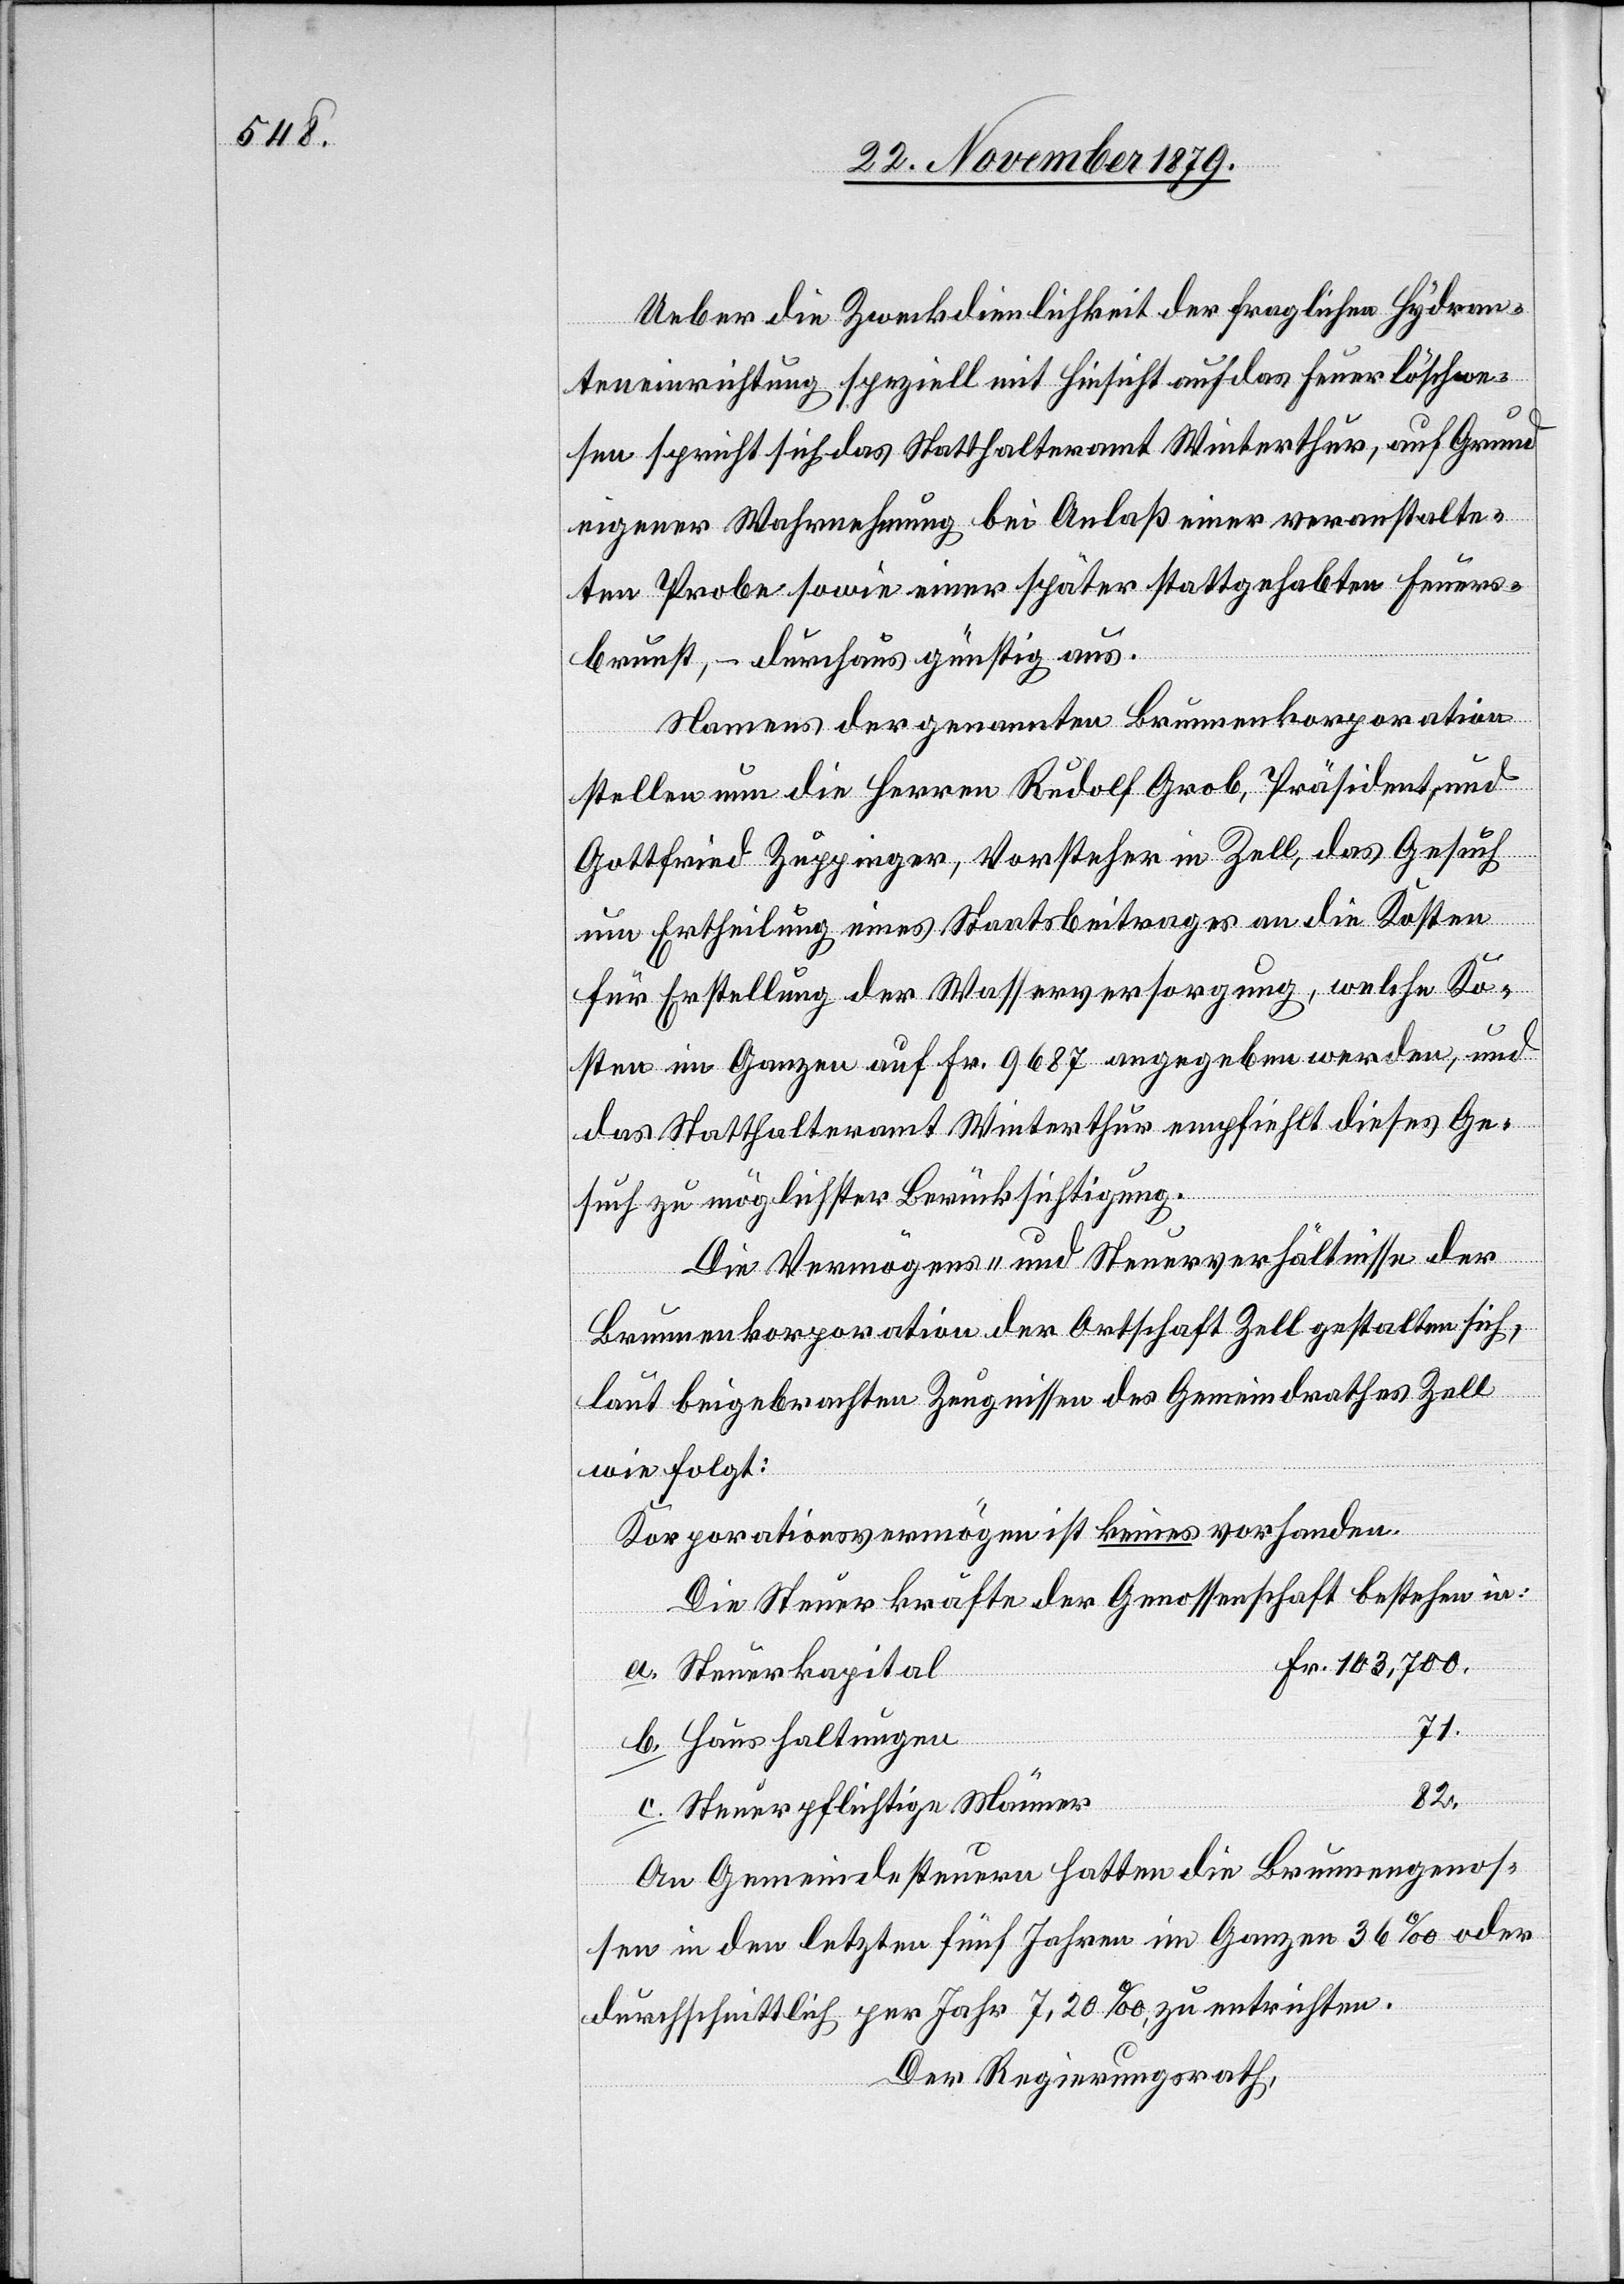
Ueber die Zweckdienlichkeit der fraglichen Hydran¬
teneinrichtung speziell mit Hinsicht auf das Feuerlöschwe¬
sen spricht sich das Statthalteramt Winterthur, auf Grund
eigener Wahrnehmung bei Anlaß einer veranstalte¬
ten Probe sowie einer später stattgehabten Feuers¬
brunst, – durchaus günstig aus.
Namens der genannten Brunnenkorporation
stellen nun die Herren Rudolf Grob, Präsident, und
Gottfried Zuppinger, Vorsteher in Zell, das Gesuch
um Ertheilung eines Staatsbeitrages an die Kosten
für Erstellung der Wasserversorgung, welche Ko¬
sten im Ganzen auf Fr. 9687 angegeben werden, und
das Statthalteramt Winterthur empfiehlt dieses Ge¬
such zu möglichster Berücksichtigung.
Die Vermögens- und Steuerverhältnisse der
Brunnenkorporation der Ortschaft Zell gestalten sich
laut beigebrachten Zeugnissen des Gemeindrathes Zell
wie folgt:
Korporationsvermögen ist keines vorhanden.
Die Steuerkräfte der Genossenschaft bestehen in:
b.
Fr.
Steuerkapital
71.
Haushaltungen
82.
Steuerpflichtige Männer
An Gemeindesteuern hatten die Brunnengenos¬
sen in den letzten fünf Jahren im Ganzen 36% oder
durchschnittlich per Jahr 7,20%, zu entrichten.
Der Regierungsrath,